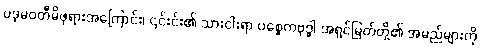
ပဒုမဝတီမိဖုရားအကြောင်း၊ ၎င်းင်း၏ သားငါးရာ ပစ္စေကဗုဒ္ဓါ အရှင်မြတ်တို့၏ အမည်များကို